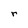
Character: r